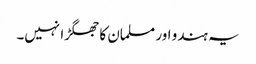
یہ ہندو اور مسلمان کا جھگڑا نہیں۔